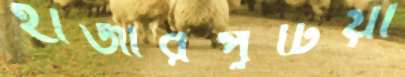
হাজারপুটিয়া